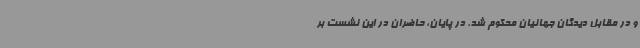
و در مقابل دیدگان جهانیان محکوم شد. در پایان، حاضران در این نشست بر